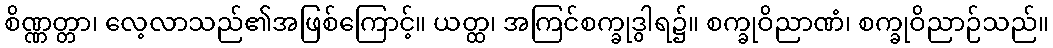
စိဏ္ဏတ္တာ၊ လေ့လာသည်၏အဖြစ်ကြောင့်။ ယတ္ထ၊ အကြင်စက္ခုဒွါရ၌။ စက္ခုဝိညာဏံ၊ စက္ခုဝိညာဉ်သည်။